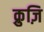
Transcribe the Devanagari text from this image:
क्रुज़ि